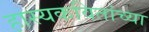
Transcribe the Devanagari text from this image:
हास्यकवितांच्या